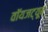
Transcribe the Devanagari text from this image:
वॉयजट्यूब